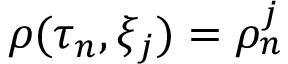
\rho ( \tau _ { n } , \xi _ { j } ) = \rho _ { n } ^ { j }